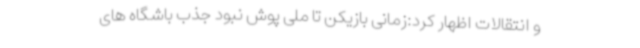
و انتقالات اظهار کرد:زمانی بازیکن تا ملی پوش نبود جذب باشگاه های